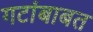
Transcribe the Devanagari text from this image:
गटांबाबत